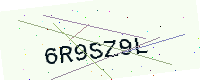
Text: 6R9SZ9L